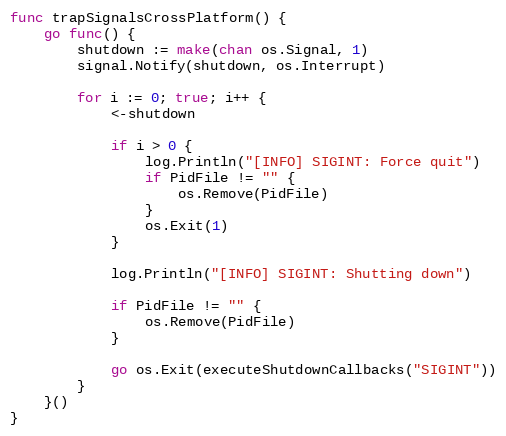
Language: Go
func trapSignalsCrossPlatform() {
	go func() {
		shutdown := make(chan os.Signal, 1)
		signal.Notify(shutdown, os.Interrupt)

		for i := 0; true; i++ {
			<-shutdown

			if i > 0 {
				log.Println("[INFO] SIGINT: Force quit")
				if PidFile != "" {
					os.Remove(PidFile)
				}
				os.Exit(1)
			}

			log.Println("[INFO] SIGINT: Shutting down")

			if PidFile != "" {
				os.Remove(PidFile)
			}

			go os.Exit(executeShutdownCallbacks("SIGINT"))
		}
	}()
}